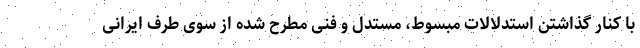
با کنار گذاشتن استدلالات مبسوط، مستدل و فنی مطرح شده از سوی طرف ایرانی